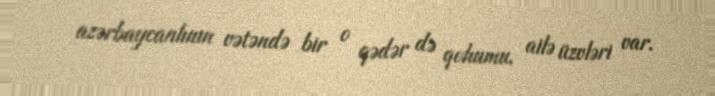
azərbaycanlının vətəndə bir o qədər də qohumu, ailə üzvləri var.